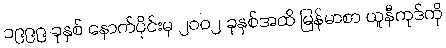
၁၉၉၉ ခုနှစ် နောက်ပိုင်းမှ ၂၀၀၂ ခုနှစ်အထိ မြန်မာစာ ယူနီကုဒ်ကို